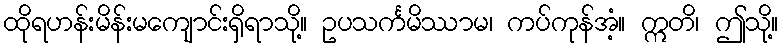
ထိုရဟန်းမိန်းမကျောင်းရှိရာသို့။ ဥပသင်္ကမိဿာမ၊ ကပ်ကုန်အံ့။ ဣတိ၊ ဤသို့။